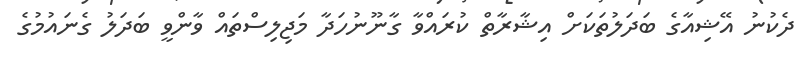
ދެކުނު އޭޝިއާގެ ބަދަލުތަކަށް އިޝާރާތް ކުރައްވާ ގާނޫނުހަދާ މަޖިލިސްތައް ވާންވީ ބަދަލު ގެނައުމުގެ